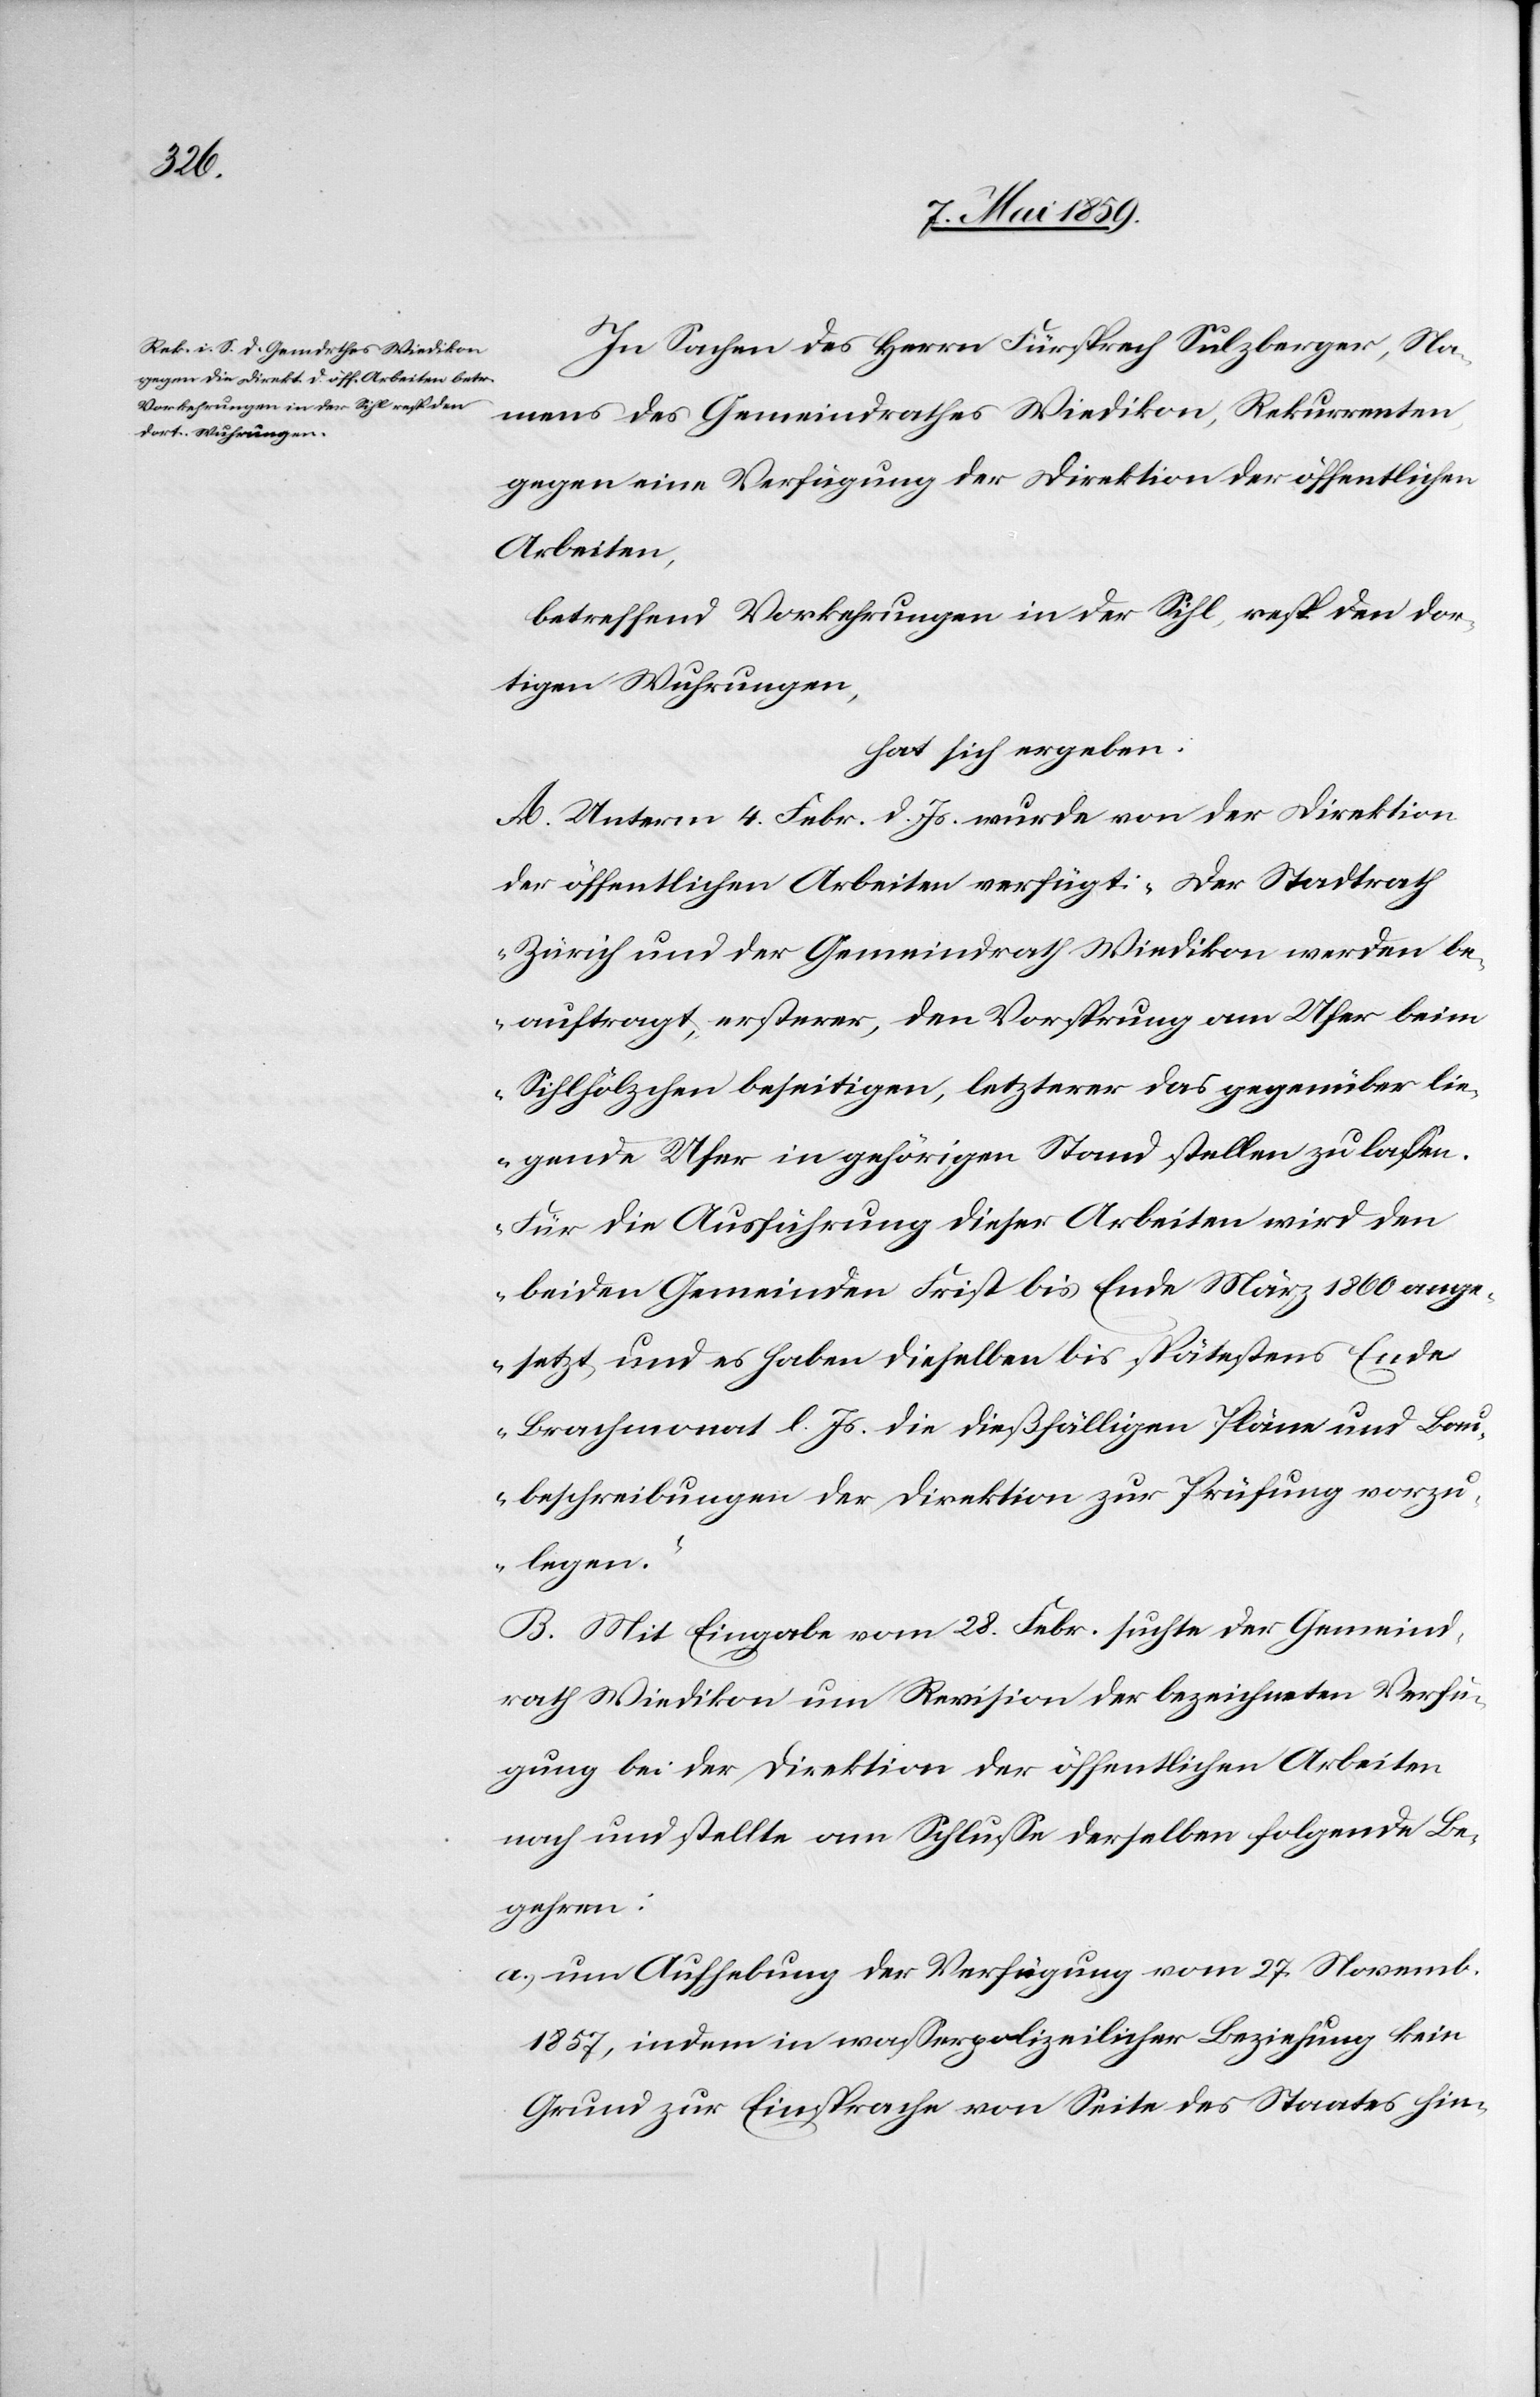
In Sachen des Herrn Fürsprech Sulzberger, Na¬
mens des Gemeindrathes Wiedikon, Rekurrenten
gegen eine Verfügung der Direktion der öffentlichen
Arbeiten,
betreffend Vorkehrung in der Sihl, resp den dor¬
tigen Wuhrungen,
hat sich ergeben:
A. Unterm 4. Febr. d. Js. wurde von der Direktion
der öffentlichen Arbeiten verfügt: „Der Stadtrath
Zürich und der Gemeindrath Wiedikon werden be¬
auftragt, ersterer, den Vorsprung am Ufer beim
Sihlhölzchen beseitigen, letzterer das gegenüber lie¬
gende Ufer in gehörigen Stand stellen zu laßen.
Für die Ausführung dieser Arbeiten wird den
beiden Gemeinden Frist bis Ende März 1869 ange¬
setzt und es haben dieselben bis spätestens Ende
Brachmonat l. Js. die dießfälligen Pläne und Bau¬
beschreibungen der Direktion zur Prüfung vorzu¬
legen.“
B. Mit Eingabe vom 28. Febr. suchte der Gemeind¬
rath Wiedikon um Revision der bezeichneten Verfü¬
gung bei der Direktion der öffentlichen Arbeiten
nach und stellte am Schluße derselben folgende Be¬
gehren:
a) um Aufhebung der Verfügung vom 27. Novemb.
1857, indem in waßerpolizeilicher Beziehung kein
Grund zur Einspache von Seite des Staates hin-